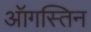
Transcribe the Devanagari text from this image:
ऑगस्तिन